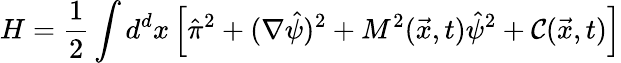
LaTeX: H=\frac{1}{2}\int d^{d}x\left[\hat{\pi}^{2}+(\nabla\hat{\psi})^{2}+M^{2}(\vec{x},t)\hat{\psi}^{2}+{\cal C}(\vec{x},t)\right]